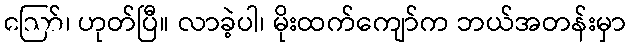
ဪ၊ ဟုတ်ပြီ။ လာခဲ့ပါ၊ မိုးထက်ကျော်က ဘယ်အတန်းမှာ